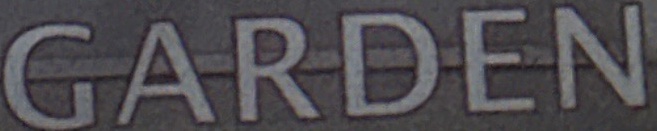
GARDEN